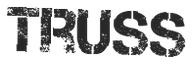
TRUSS